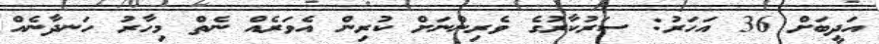
އަދީބަށް 36 އަހަރު: ސަރުކާރުގެ ވެރިންނަށް ކުރިން އެވަރެއް ނެތް މިހާރު ހަނދާނެއް